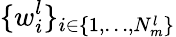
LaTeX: \{ w_{i}^{l}\} _{i\in\{ 1,\dots,N_{m}^{l}\} }